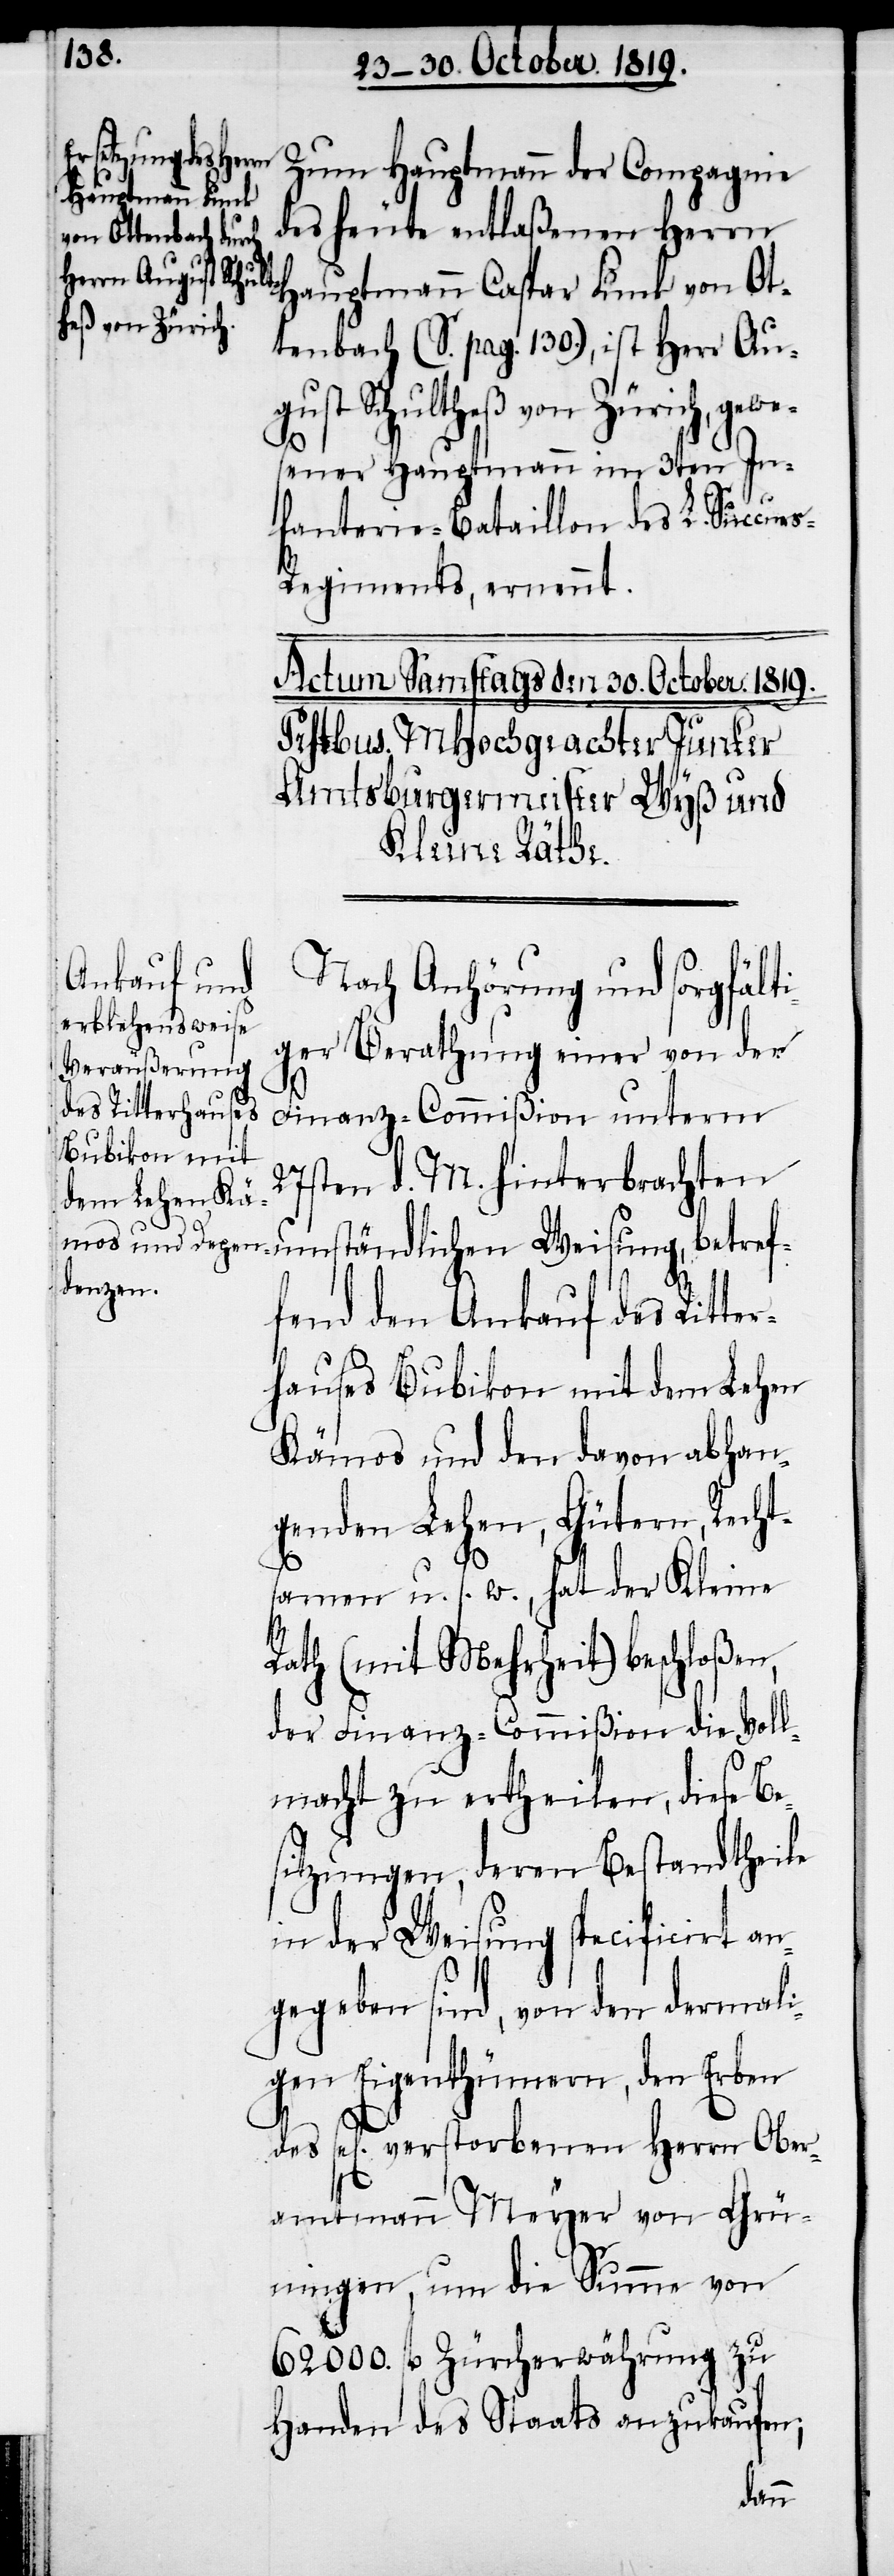
Weisung, betref¬
Zum Hauptmann der Compagnie
des heute entlaßenen Herrn
Hauptmann Caspar Funk von Ot¬
tenbach (S. pag. 130.), ist Herr Au¬
gust Schultheß von Zürich, gewe¬
sener Hauptmann im 3ten In¬
fanterie-Bataillon des L. Succur¬
s-Regiments, ernennt.
Nach Anhörung und sorgfält¬
iger Berathung einer von der
e¬
Finanz-Commißion unterm
27sten d. M. hinterbrachten
fend den Ankauf des Ritte¬
rhauses Bubikon mit dem Lehen
Kämos und den davon abhan¬
genden Lehen, Gütern, Recht¬
samen u. s. w., hat der Kleine
Rath (mit Mehrheit) beschoßen,
der Finanz-Commißion die Voll¬
macht zu ertheilen, diese B¬
sitzungen, deren Bestandtheile
in der Weisung specificirt an¬
gegeben sind, von den dermali¬
gen Eigenthümern, den Erben
sel[ig] verstorbenen Herrn Ober¬
amtmann Meyer von Grü¬
ningen, um die Summe von
62000. fl. Zürcherwährung zu
Handen des Staats anzukaufen;